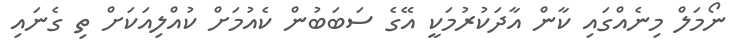
ނޯމަލް މިނެއްގައި ކާން އާދަކުރުމަކީ އޭގެ ސަބަބުން ކެއުމަށް ކުއްލިއަކަށް ތި ގެނައި